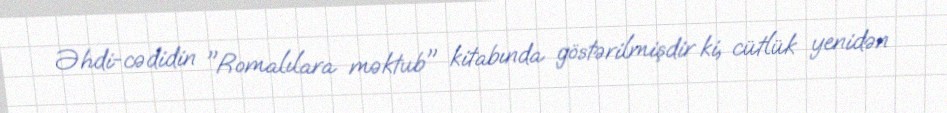
Əhdi-cədidin "Romalılara məktub" kitabında göstərilmişdir ki, cütlük yenidən